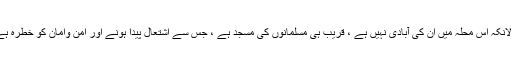
حالانکہ اس محلہ میں ان کی آبادی نہیں ہے ، قریب ہی مسلمانوں کی مسجد ہے ، جس سے اشتعال پیدا ہونے اور امن وامان کو خطرہ ہے ۔